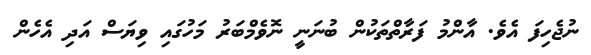
ނުޖެހިފަ އެވެ. އާންމު ފަރާތްތަކުން ބުނަނީ ނޮވެމްބަރު މަހުގައި ވިޔަސް އަދި އެހެން